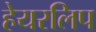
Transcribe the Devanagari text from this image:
हेयरलिप